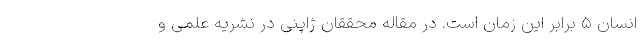
انسان ۵ برابر این زمان است. در مقاله محققان ژاپنی در نشریه علمی و